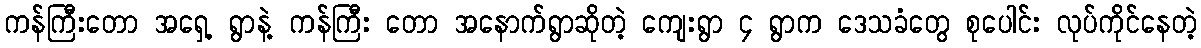
ကန်ကြီးတော အရှေ့ ရွာနဲ့ ကန်ကြီး တော အနောက်ရွာဆိုတဲ့ ကျေးရွာ ၄ ရွာက ဒေသခံတွေ စုပေါင်း လုပ်ကိုင်နေတဲ့